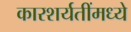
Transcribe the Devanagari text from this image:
कारशर्यतींमध्ये